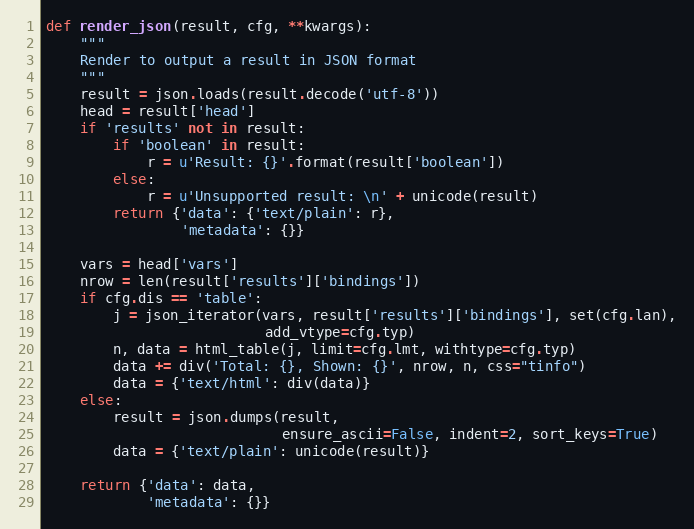
Language: Python
def render_json(result, cfg, **kwargs):
    """
    Render to output a result in JSON format
    """
    result = json.loads(result.decode('utf-8'))
    head = result['head']
    if 'results' not in result:
        if 'boolean' in result:
            r = u'Result: {}'.format(result['boolean'])
        else:
            r = u'Unsupported result: \n' + unicode(result)
        return {'data': {'text/plain': r},
                'metadata': {}}

    vars = head['vars']
    nrow = len(result['results']['bindings'])
    if cfg.dis == 'table':
        j = json_iterator(vars, result['results']['bindings'], set(cfg.lan),
                          add_vtype=cfg.typ)
        n, data = html_table(j, limit=cfg.lmt, withtype=cfg.typ)
        data += div('Total: {}, Shown: {}', nrow, n, css="tinfo")
        data = {'text/html': div(data)}
    else:
        result = json.dumps(result,
                            ensure_ascii=False, indent=2, sort_keys=True)
        data = {'text/plain': unicode(result)}

    return {'data': data,
            'metadata': {}}